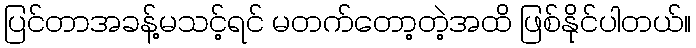
ပြင်တာအခန့်မသင့်ရင် မတက်တော့တဲ့အထိ ဖြစ်နိုင်ပါတယ်။